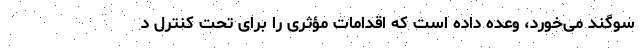
سوگند می‌خورد، وعده داده است که اقدامات مؤثری را برای تحت کنترل د